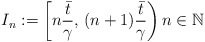
\begin{align*}I_n:=\left[n\dfrac{\bar{t}}{\gamma},\,(n+1)\dfrac{\bar{t}}{\gamma}\right) n \in {\mathbb{N}}\end{align*}